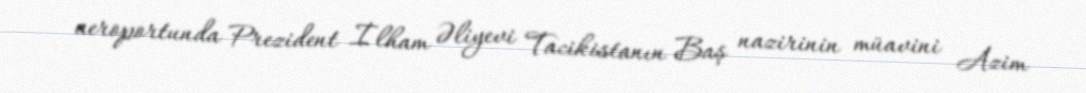
aeroportunda Prezident İlham Əliyevi Tacikistanın Baş nazirinin müavini Azim